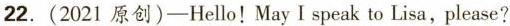
22.(2021原创)——Hello!May I speak to Lisa,please?